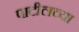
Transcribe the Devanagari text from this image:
पाटीलच्या